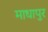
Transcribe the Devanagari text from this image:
माधापुर